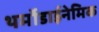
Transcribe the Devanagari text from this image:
थर्मोडाईनेमिक